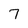
Character: 7